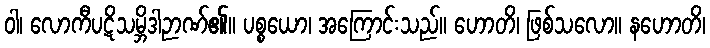
ဝါ၊ လောကီပဋိသမ္ဘိဒါဉာဏ်၏။ ပစ္စယော၊ အကြောင်းသည်။ ဟောတိ၊ ဖြစ်သလော။ နဟောတိ၊